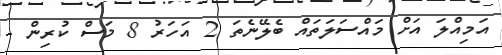
އަމިއްލަ އަށް މައްސަލަތައް ބެލޭނެތަ 2 އަހަރު 8 މަސް ކުރިން -